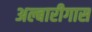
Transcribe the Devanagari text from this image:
अल्बारीगास